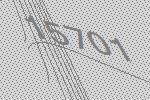
15701